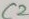
Text: C2